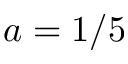
a = 1 / 5